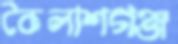
কৈলাশগঞ্জ